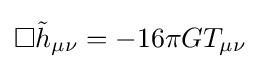
\Box {\tilde {h}}_{\mu \nu }=-16\pi GT_{\mu \nu }